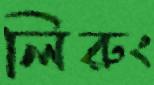
লিরুং